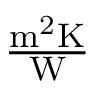
\textstyle \mathrm { { \frac { m ^ { 2 } K } { W } } }